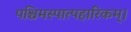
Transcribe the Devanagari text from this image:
पश्चिमस्पात्पहारिकम्।